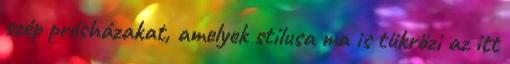
szép présházakat, amelyek stílusa ma is tükrözi az itt